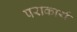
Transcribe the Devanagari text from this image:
पराकार्य